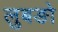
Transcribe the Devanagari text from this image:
लुबङो